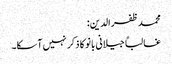
محمد ظفرالدین:
غالباً جیلانی بانو کا ذکر نہیں آسکا۔